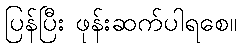
ပြန်ပြီး ဖုန်းဆက်ပါရစေ။